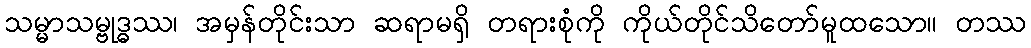
သမ္မာသမ္ဗုဒ္ဓဿ၊ အမှန်တိုင်းသာ ဆရာမရှိ တရားစုံကို ကိုယ်တိုင်သိတော်မူထသော။ တဿ